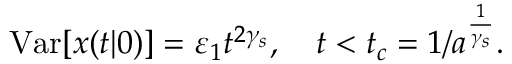
\mathrm { V a r } [ x ( t | 0 ) ] = \varepsilon _ { 1 } t ^ { 2 \gamma _ { s } } , \quad t < t _ { c } = 1 / a ^ { \frac { 1 } { \gamma _ { s } } } .